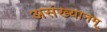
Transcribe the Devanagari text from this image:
असंख्यानम्‌